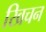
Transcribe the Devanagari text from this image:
खिचन